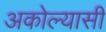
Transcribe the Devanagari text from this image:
अकोल्यासी